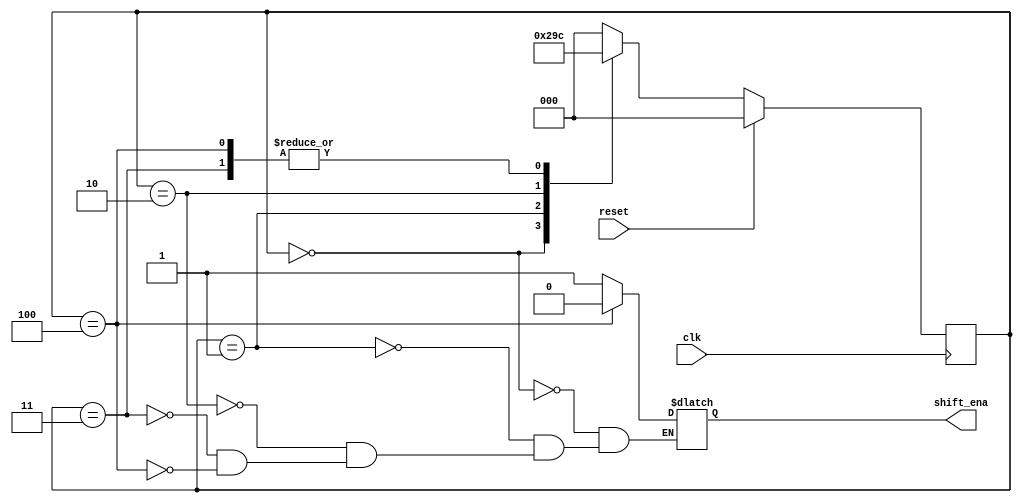
module top_module (
    input clk,
    input reset,      // Synchronous reset
    output shift_ena);
    parameter A=0, B=1, C=2, D=3, E=4;
    reg [2:0] s,ns;
    always@(posedge clk)
        begin
            if(reset) s<=A;
            else s<=ns;
        end
    always@(*)
        begin
            case(s)
                A:begin ns<=B; shift_ena<=1'b1;end
                B:begin ns<=C; shift_ena<=1'b1;end
                C:begin ns<=D; shift_ena<=1'b1;end
                D:begin ns<=E; shift_ena<=1'b1;end
                E:begin ns<=E; shift_ena<=1'b0;end
                default: ns<=A;
            endcase
        end
endmodule